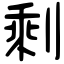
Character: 剩